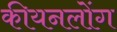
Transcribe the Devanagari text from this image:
कीयनलोंग